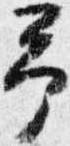
予